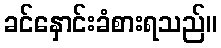
ခင်နှောင်းခံစားရသည်။